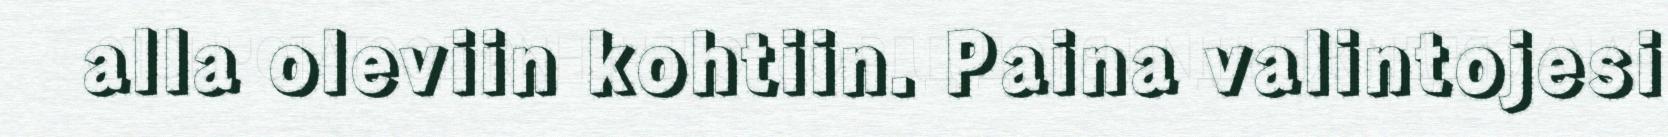
alla oleviin kohtiin. Paina valintojesi